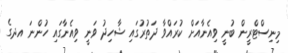
މިނިސްޓްރީން ބުނީ ވިއެނާއަށް ކުރައްވާ ދަތުރުގައި ޝާހިދު ވަނީ ވިއެނާގައި ހުންނަ އދގެ